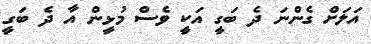
އަލަށް ގެންނަ ދެ ބަގީ އަކީ ވެސް މުޅީން އާ ދެ ބަގީ